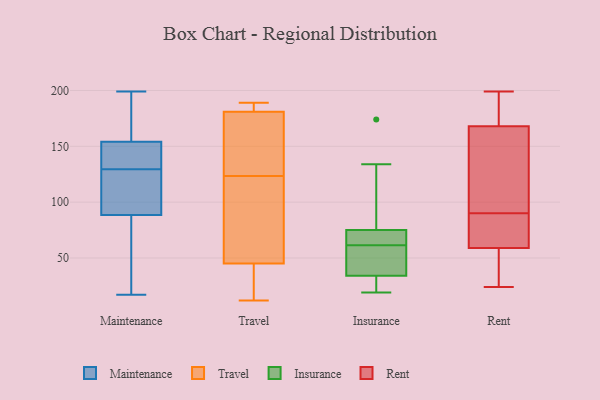
{"axis": {"x": "Headcount", "y": "Value"}, "legend": ["Insurance", "Maintenance", "Rent", "Travel"], "data": [{"x": "", "y": 199, "type": "Maintenance"}, {"x": "", "y": 150, "type": "Maintenance"}, {"x": "", "y": 101, "type": "Maintenance"}, {"x": "", "y": 156, "type": "Maintenance"}, {"x": "", "y": 89, "type": "Maintenance"}, {"x": "", "y": 118, "type": "Maintenance"}, {"x": "", "y": 42, "type": "Maintenance"}, {"x": "", "y": 88, "type": "Maintenance"}, {"x": "", "y": 157, "type": "Maintenance"}, {"x": "", "y": 17, "type": "Maintenance"}, {"x": "", "y": 152, "type": "Maintenance"}, {"x": "", "y": 141, "type": "Maintenance"}, {"x": "", "y": 166, "type": "Travel"}, {"x": "", "y": 165, "type": "Travel"}, {"x": "", "y": 29, "type": "Travel"}, {"x": "", "y": 41, "type": "Travel"}, {"x": "", "y": 182, "type": "Travel"}, {"x": "", "y": 157, "type": "Travel"}, {"x": "", "y": 45, "type": "Travel"}, {"x": "", "y": 12, "type": "Travel"}, {"x": "", "y": 185, "type": "Travel"}, {"x": "", "y": 189, "type": "Travel"}, {"x": "", "y": 181, "type": "Travel"}, {"x": "", "y": 90, "type": "Travel"}, {"x": "", "y": 74, "type": "Travel"}, {"x": "", "y": 57, "type": "Travel"}, {"x": "", "y": 117, "type": "Insurance"}, {"x": "", "y": 134, "type": "Insurance"}, {"x": "", "y": 50, "type": "Insurance"}, {"x": "", "y": 66, "type": "Insurance"}, {"x": "", "y": 58, "type": "Insurance"}, {"x": "", "y": 67, "type": "Insurance"}, {"x": "", "y": 33, "type": "Insurance"}, {"x": "", "y": 58, "type": "Insurance"}, {"x": "", "y": 34, "type": "Insurance"}, {"x": "", "y": 174, "type": "Insurance"}, {"x": "", "y": 75, "type": "Insurance"}, {"x": "", "y": 20, "type": "Insurance"}, {"x": "", "y": 19, "type": "Insurance"}, {"x": "", "y": 65, "type": "Insurance"}, {"x": "", "y": 29, "type": "Rent"}, {"x": "", "y": 34, "type": "Rent"}, {"x": "", "y": 63, "type": "Rent"}, {"x": "", "y": 69, "type": "Rent"}, {"x": "", "y": 123, "type": "Rent"}, {"x": "", "y": 24, "type": "Rent"}, {"x": "", "y": 120, "type": "Rent"}, {"x": "", "y": 149, "type": "Rent"}, {"x": "", "y": 186, "type": "Rent"}, {"x": "", "y": 88, "type": "Rent"}, {"x": "", "y": 168, "type": "Rent"}, {"x": "", "y": 92, "type": "Rent"}, {"x": "", "y": 41, "type": "Rent"}, {"x": "", "y": 199, "type": "Rent"}, {"x": "", "y": 79, "type": "Rent"}, {"x": "", "y": 59, "type": "Rent"}, {"x": "", "y": 186, "type": "Rent"}, {"x": "", "y": 185, "type": "Rent"}]}